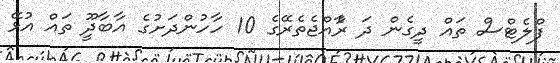
ފްލެޓްސް ތައް ދީގެން ދަ ރާެއްޖެތެރޭގެ 10 ހާހުންދަށުގެ އާބާދީޫ ތައް އުޅޭ